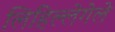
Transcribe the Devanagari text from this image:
लिहिल्लेगेले